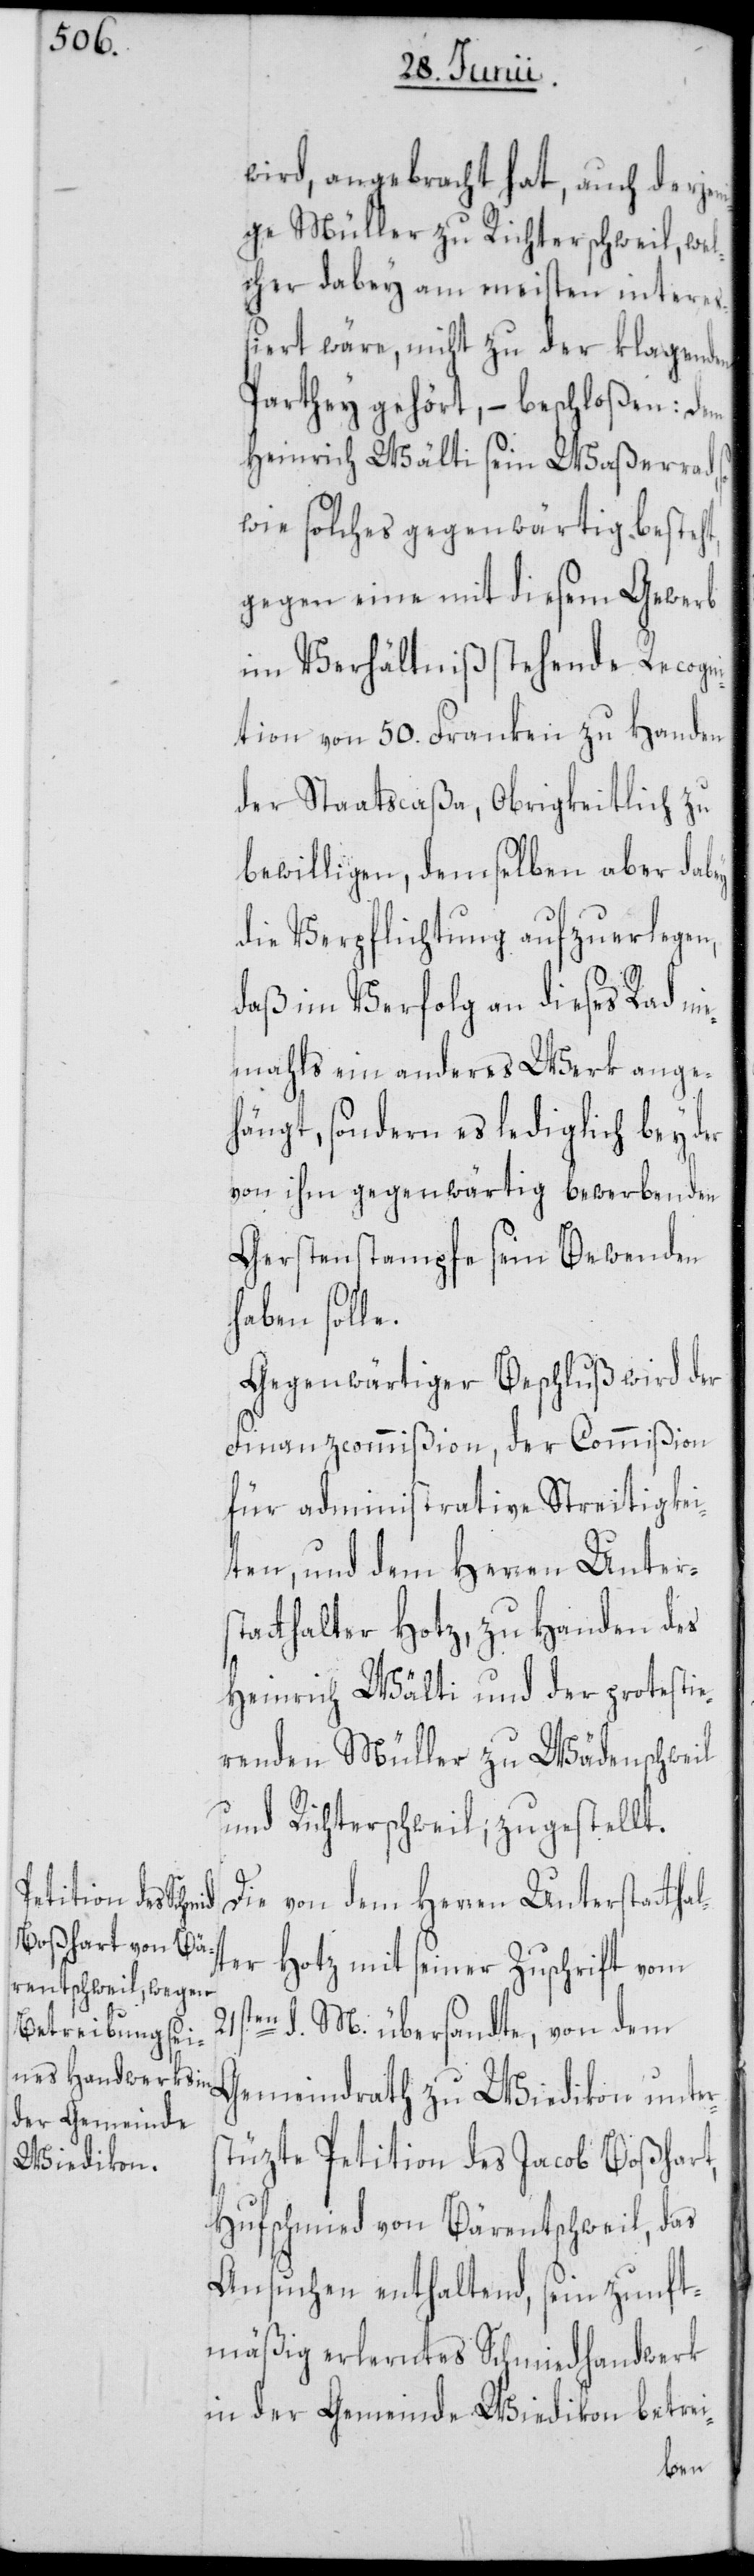
wird, angebracht hat, auch derjen¬
ige Müller zu Richterschweil, wel¬
cher dabey am meisten intereß¬
iert wäre, nicht zu der klagenden
Parthey gehört, – beschloßen: Dem
Heinrich Wälti sein Waßerrad,
wie solches gegenwärtig besteht,
gegen eine mit diesem Gewerb
im Verhältniß stehende Recogn¬
ition von 50. Franken zu Handen
der Staatscaßa, Obrigkeitlich zu
bewilligen, demselben aber da¬
die Verpflichtung aufzuerlegen,
daß im Verfolg an dieses Rad ni¬
emahls ein anderes Werk ange¬
hängt, sondern es lediglich bey der
von ihm gegenwärtig bewerbenden
Gerstenstampfe sein Bewenden
haben solle.
Gegenwärtiger Beschluß wird der
Finanzcommißion, der Commißion
für administrative Streitigkei¬
ten, und dem Herren Unters¬
tatthalter Hotz, zu Handen des
Heinrich Wälti und der protestie¬
renden Müller zu Wädenschweil
und Richterschweil; zugestellt.
Die von dem Herren Unterstatth¬
ter Hotz mit seiner Zuschrift vom
21sten d. M. übersandte, von dem
Gemeindrath zu Wiedikon unt¬
tüzte Petition des Jacob Boßhart,
Hufschmied von Bärentschweil, das
Ansuchen enthaltend, sein zunft¬
mäßig erlerntes Schmiedhandwerk
in der Gemeinde Wiedikon betrei-
ers¬